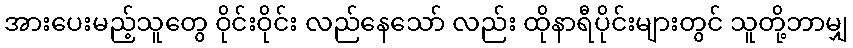
အားပေးမည့်သူတွေ ဝိုင်းဝိုင်း လည်နေသော် လည်း ထိုနာရီပိုင်းများတွင် သူတို့ဘာမျှ